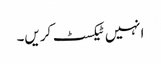
انہیں ٹیکسٹ کریں۔